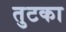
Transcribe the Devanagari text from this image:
तुटका